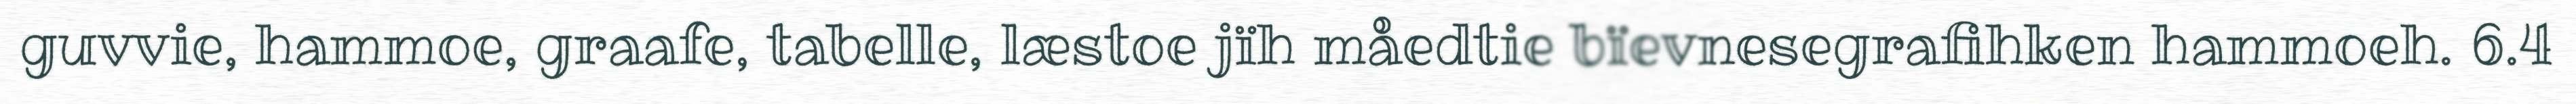
guvvie, hammoe, graafe, tabelle, læstoe jïh måedtie bïevnesegrafihken hammoeh. 6.4